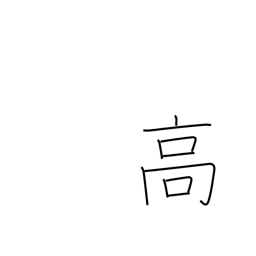
Meaning: tall